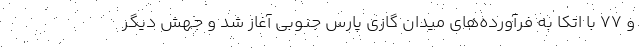
و ۷۷ با اتکا به فرآورده‌های میدان گازی پارس جنوبی آغاز شد و جهش دیگر